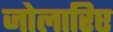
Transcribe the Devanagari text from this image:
जोलारिए